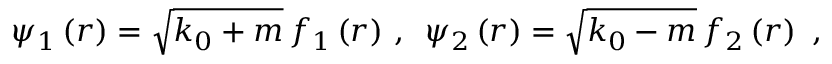
\psi _ { 1 } \left( r \right) = \sqrt { k _ { 0 } + m } \, f _ { 1 } \left( r \right) \, , \, \, \, \psi _ { 2 } \left( r \right) = \sqrt { k _ { 0 } - m } \, f _ { 2 } \left( r \right) \, \, ,